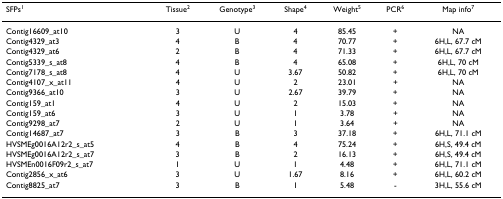
<table><thead><tr><td><b>SFPs<sup>1</sup></b></td><td><b>Tissue<sup>2</sup></b></td><td><b>Genotype<sup>3</sup></b></td><td><b>Shape<sup>4</sup></b></td><td><b>Weight<sup>5</sup></b></td><td><b>PCR<sup>6</sup></b></td><td><b>Map info<sup>7</sup></b></td></tr></thead><tbody><tr><td>Contig16609_at10</td><td>3</td><td>U</td><td>4</td><td>85.45</td><td>+</td><td>NA</td></tr><tr><td>Contig4329_at3</td><td>4</td><td>B</td><td>4</td><td>70.77</td><td>+</td><td>6H,L, 67.7 cM</td></tr><tr><td>Contig4329_at6</td><td>2</td><td>B</td><td>4</td><td>71.33</td><td>+</td><td>6H,L, 67.7 cM</td></tr><tr><td>Contig5339_s_at8</td><td>4</td><td>B</td><td>4</td><td>65.08</td><td>+</td><td>6H,L, 70 cM</td></tr><tr><td>Contig7178_s_at8</td><td>4</td><td>U</td><td>3.67</td><td>50.82</td><td>+</td><td>6H,L, 70 cM</td></tr><tr><td>Contig4107_x_at11</td><td>4</td><td>U</td><td>2</td><td>23.01</td><td>+</td><td>NA</td></tr><tr><td>Contig9366_at10</td><td>3</td><td>U</td><td>2.67</td><td>39.79</td><td>+</td><td>NA</td></tr><tr><td>Contig159_at1</td><td>4</td><td>U</td><td>2</td><td>15.03</td><td>+</td><td>NA</td></tr><tr><td>Contig159_at6</td><td>3</td><td>U</td><td>1</td><td>3.78</td><td>+</td><td>NA</td></tr><tr><td>Contig9298_at7</td><td>2</td><td>U</td><td>1</td><td>3.64</td><td>+</td><td>NA</td></tr><tr><td>Contig14687_at7</td><td>3</td><td>B</td><td>3</td><td>37.18</td><td>+</td><td>6H,L, 71.1 cM</td></tr><tr><td>HVSMEg0016A12r2_s_at5</td><td>4</td><td>B</td><td>4</td><td>75.24</td><td>+</td><td>6H,S, 49.4 cM</td></tr><tr><td>HVSMEg0016A12r2_s_at7</td><td>3</td><td>B</td><td>2</td><td>16.13</td><td>+</td><td>6H,S, 49.4 cM</td></tr><tr><td>HVSMEn0016F09r2_s_at7</td><td>1</td><td>U</td><td>1</td><td>4.48</td><td>+</td><td>6H,L, 71.1 cM</td></tr><tr><td>Contig2856_x_at6</td><td>3</td><td>U</td><td>1.67</td><td>8.16</td><td>+</td><td>6H,L, 60.2 cM</td></tr><tr><td>Contig8825_at7</td><td>3</td><td>B</td><td>1</td><td>5.48</td><td>-</td><td>3H,L, 55.6 cM</td></tr></tbody></table>